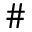
\#